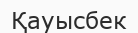
Қауысбек